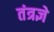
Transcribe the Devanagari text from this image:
तंत्रज्ञे